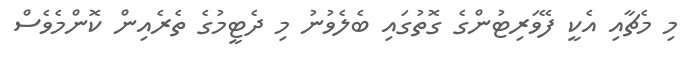
މި މެޗާއި އެކީ ފޭވަރިޓުންގެ ގޮތުގައި ބެލެވުނު މި ދެޓީމުގެ ތެރެއިން ކޮންމެވެސް